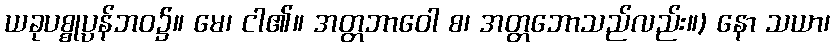
ယခုပစ္စုပ္ပန်ဘဝ၌။ မေ၊ ငါ၏။ အတ္တဘာဝေါ စ၊ အတ္တဘောသည်လည်း။) နော သယာ၊